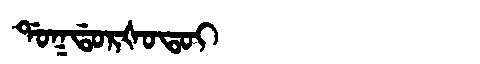
Manchu: ᡩᠣᡴᡩᠣᡵᡧᠣᡨᠣᡳ
Romanization: DOKDORŠOTOI